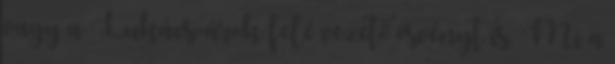
vagy a Lukács-árok felé vezető ösvényt is. Mi a